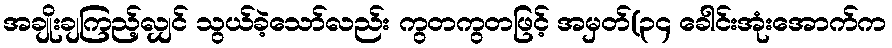
အချိုးချကြည့်လျှင် သွယ်ခဲ့သော်လည်း ကွတကွတဖြင့် အမှတ်(၃၄ ခေါင်းအုံးအောက်က